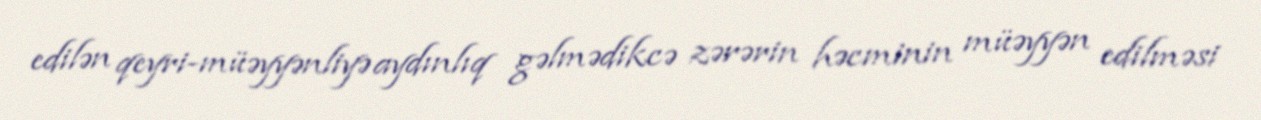
edilən qeyri-müəyyənliyə aydınlıq gəlmədikcə zərərin həcminin müəyyən edilməsi